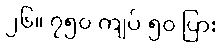
၂၆။ ၇၅၀ ကျပ် ၅၀ ပြား